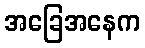
အခြေအနေက